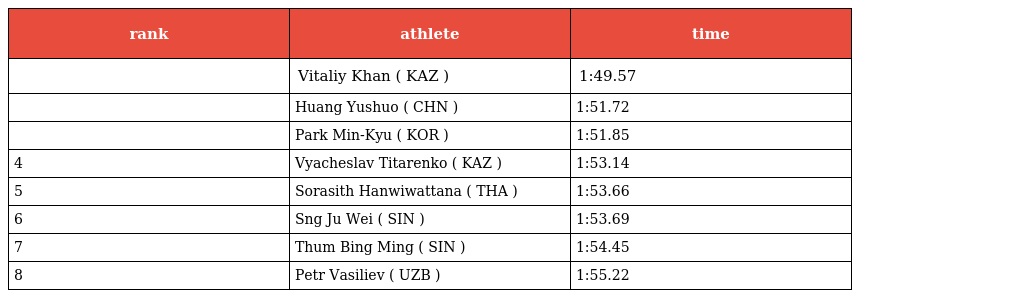
| rank | athlete | time |
 | --- | --- | --- |
 |  | Vitaliy Khan ( KAZ ) | 1:49.57 |
 |  | Huang Yushuo ( CHN ) | 1:51.72 |
 |  | Park Min-Kyu ( KOR ) | 1:51.85 |
 | 4 | Vyacheslav Titarenko ( KAZ ) | 1:53.14 |
 | 5 | Sorasith Hanwiwattana ( THA ) | 1:53.66 |
 | 6 | Sng Ju Wei ( SIN ) | 1:53.69 |
 | 7 | Thum Bing Ming ( SIN ) | 1:54.45 |
 | 8 | Petr Vasiliev ( UZB ) | 1:55.22 |